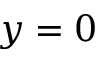
y = 0